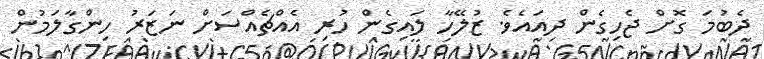
ދެބުމަ ގޮށް ޖެހިގެން ދިއައެވެ. ޒުލޭހާ ލައިގެން ހުރި އެއްޗެއްސަށް ނަޒަރު ހިންގާލަމުން